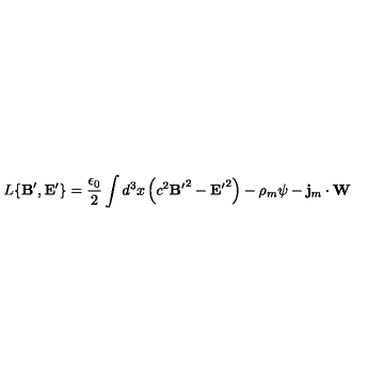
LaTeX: L \{ { { \bf B } ^ { \prime } } , { { \bf E } ^ { \prime } } \} = \frac { \epsilon _ { 0 } } { 2 } \int d ^ { 3 } x \left( c ^ { 2 } { { \bf B } ^ { \prime } } ^ { 2 } - { { \bf E } ^ { \prime } } ^ { 2 } \right) - \rho _ { m } \psi - { \bf j } _ { m } \cdot { \bf W }